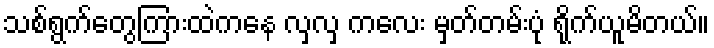
သစ်ရွက်တွေကြားထဲကနေ လှလှ ကလေး မှတ်တမ်းပုံ ရိုက်ယူမိတယ်။